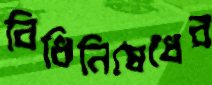
বিধিনিষেধের